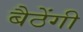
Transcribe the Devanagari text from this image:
बैठेंगी